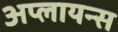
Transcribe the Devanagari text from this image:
अप्लायन्स